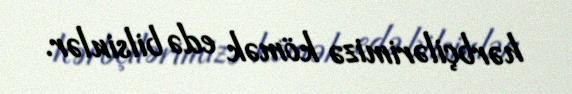
hərbçilərimizə kömək edə bilsinlər.